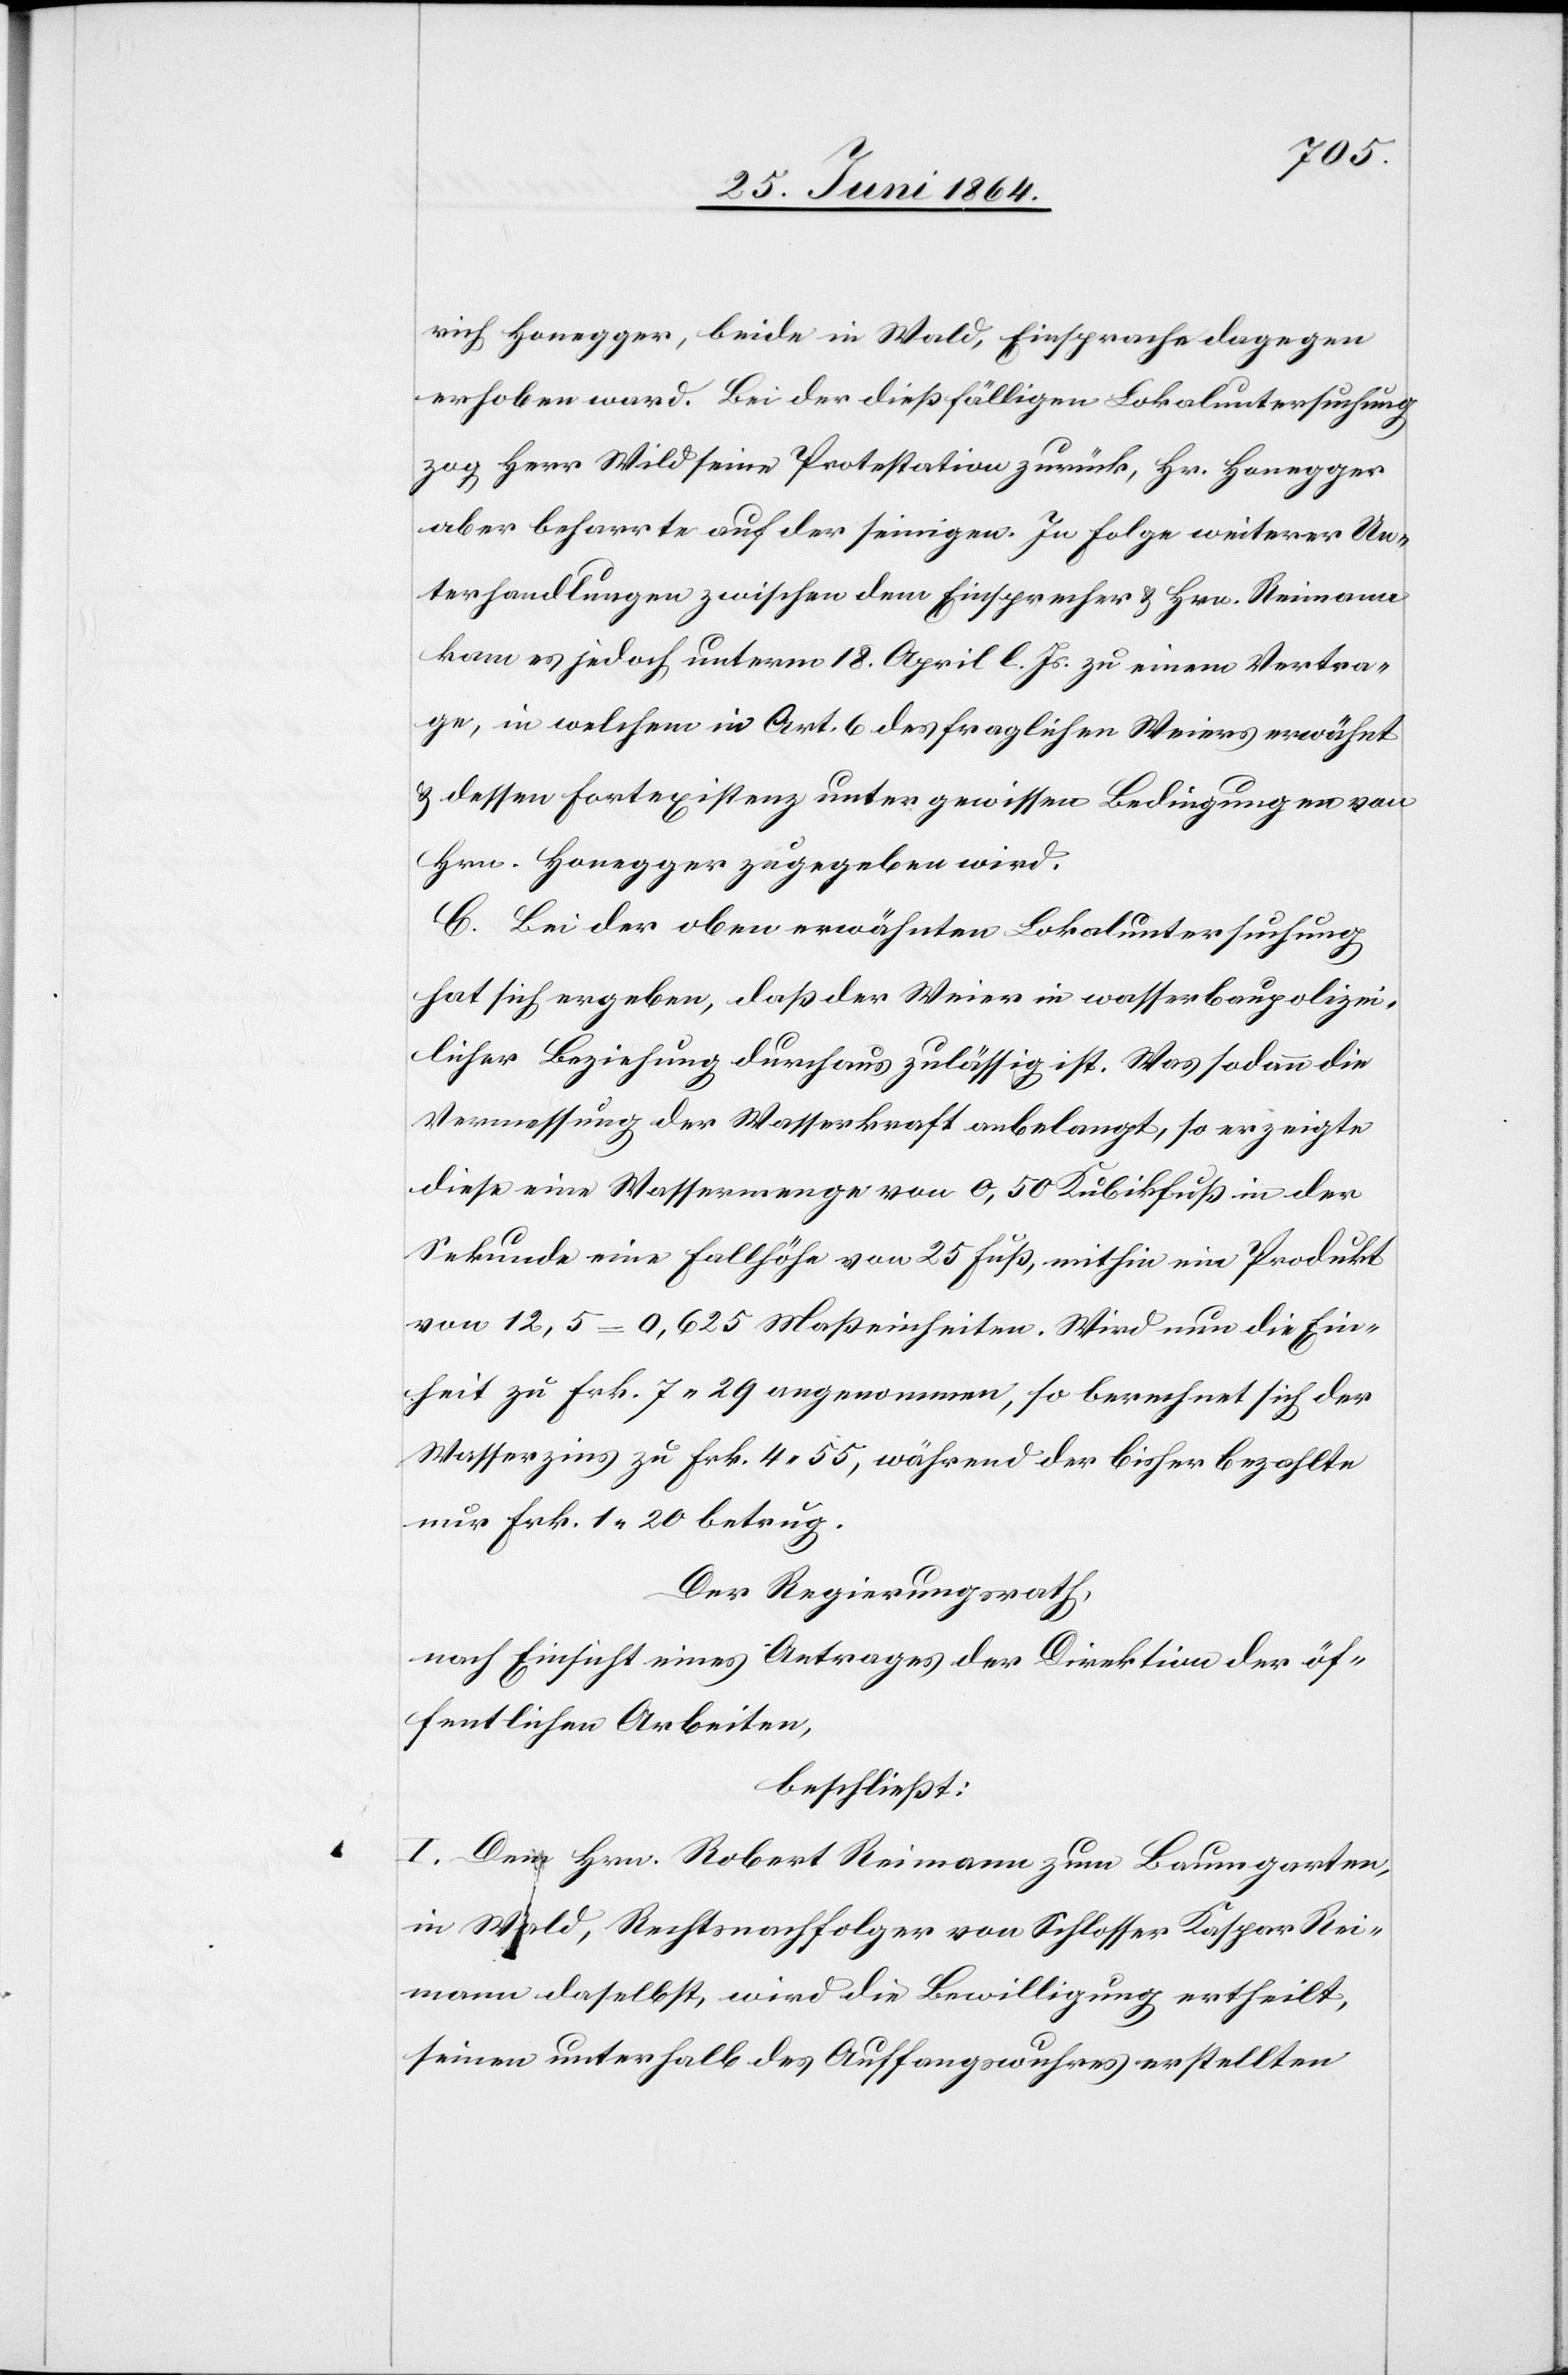
rich Honegger, beide in Wald, Einsprache dagegen
erhoben ward. Bei der dießfälligen Lokaluntersuchung
zog Herr Wild seine Protestation zurück, Hr. Honegger
aber beharrte auf der seinigen. In Folge weiterer Un¬
terhandlungen zwischen dem Einsprecher u. Hrn. Reimann
kam es jedoch unterm 18. April l. Js. zu einem Vertra¬
ge, in welchem in Art. 6 des fraglichen Weiers erwähnt
u. dessen Fortexistenz unter gewissen Bedingungen von
Hrn. Honegger zugegeben wird.
C. Bei der oben erwähnten Lokaluntersuchung
hat sich ergeben, daß der Weier in wasserbaupolizei¬
licher Beziehung durchaus zulässig ist. Was sodann die
Vermessung der Wasserkraft anbelangt, so erzeigte
diese eine Wassermenge von 0,50 Kubikfuß in der
Sekunde eine Fallhöhe von 25 Fuß, mithin ein Produkt
von 12,5 = 0,625 Maßeinheiten. Wird nun die Ein¬
heit zu Frk. 7 29 angenommen, so berechnet sich der
Wasserzins zu Frk. 4 55, während der bisher bezahlte
nur Frk. 1 20 betrug.
Der Regierungsrath,
nach Einsicht eines Antrages der Direktion der öf¬
fentlichen Arbeiten,
beschließt:
I. Dem Hrn. Robert Reimann zum Baumgarten,
in Wald, Rechtsnachfolger von Schlosser Kaspar Rei¬
mann daselbst, wird die Bewilligung ertheilt,
seinen unterhalb des Auffangswuhres erstellten